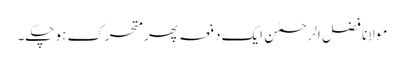
مولانا فضل الرحمٰن ایک دفعہ پھر متحرک ہو چکے۔